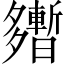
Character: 𡗎